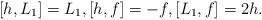
LaTeX: \begin{align*}[h,L_1]= L_1,[h,f]=-f,[L_1,f]= 2 h.\end{align*}